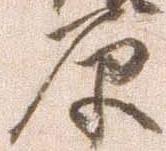
原